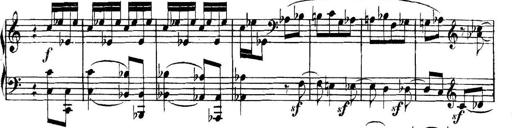
Title: Collected Piano Sonatas
Composer: Muzio Clementi